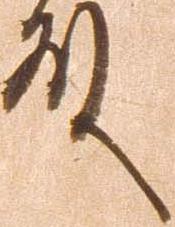
殿